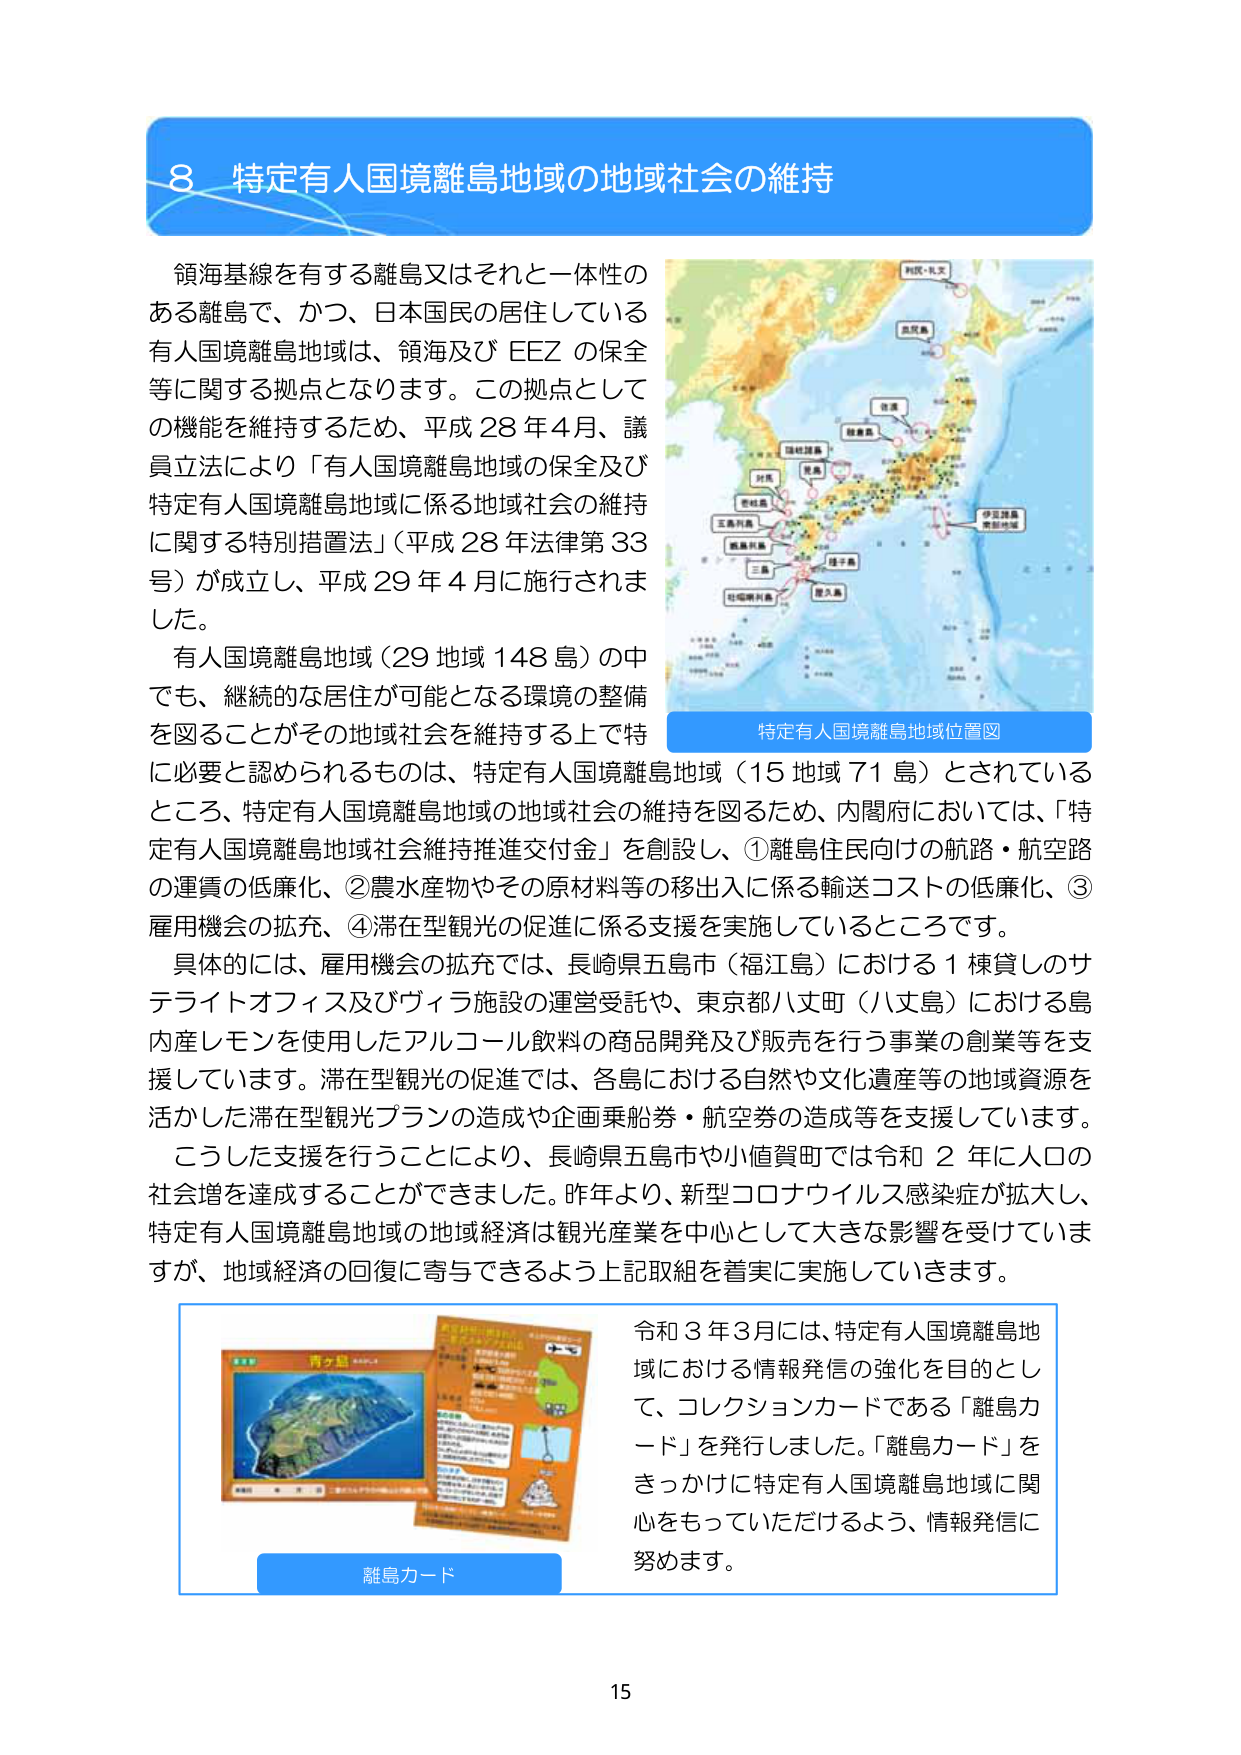
8 特定有人国境離島地域の地域社会の維持

領海基線を有する離島又はそれと一体性のある離島で、かつ、日本国民の居住している有人国境離島地域は、領海及び EEZ の保全等に関する拠点となります。この拠点としての機能を維持するため、平成28年4月、議員立法により「有人国境離島地域の保全及び特定有人国境離島地域に係る地域社会の維持に関する特別措置法」（平成28年法律第33号）が成立し、平成29年4月に施行されました。

有人国境離島地域（29地域148島）の中でも、継続的な居住が可能となる環境の整備を図ることがその地域社会を維持する上で特に必要と認められるものは、特定有人国境離島地域（15地域71島）とされているところ、特定有人国境離島地域の地域社会の維持を図るため、内閣府においては、「特定有人国境離島地域社会維持推進交付金」を創設し、①離島住民向けの航路・航空路の運賃の低廉化、②農水産物やその原材料等の移出入に係る輸送コストの低廉化、③雇用機会の拡充、④滞在型観光の促進に係る支援を実施しているところです。

具体的には、雇用機会の拡充では、長崎県五島市（福江島）における1棟貸しのサテライトオフィス及びヴィラ施設の運営受託や、東京都八丈町（八丈島）における島内産レモンを使用したアルコール飲料の商品開発及び販売を行う事業の創業等を支援しています。滞在型観光の促進では、各島における自然や文化遺産等の地域資源を活かした滞在型観光プランの造成や企画乗船券・航空券の造成等を支援しています。

こうした支援を行うことにより、長崎県五島市や小値賀町では令和2年に人口の社会増を達成することができました。昨年より、新型コロナウイルス感染症が拡大し、特定有人国境離島地域の地域経済は観光産業を中心として大きな影響を受けていますが、地域経済の回復に寄与できるよう上記取組を着実に実施していきます。

特定有人国境離島地域位置図

令和3年3月には、特定有人国境離島地域における情報発信の強化を目的として、コレクションカードである「離島カード」を発行しました。「離島カード」をきっかけに特定有人国境離島地域に関心をもっていただけるよう、情報発信に努めます。

離島カード

15